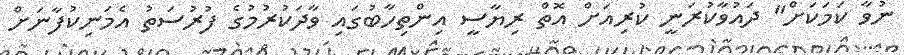
ނުވާ ކަމަކަށް" ދައުވާކުރަނީ ކުރިއަށް އޮތް ރިޔާސީ އިންތިހާބުގައި ވާދަކުރުމުގެ ފުރުސަތު އެމަނިކުފާނަށް